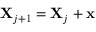
\mathbf { X } _ { j + 1 } = \mathbf { X } _ { j } + \mathbf { x }